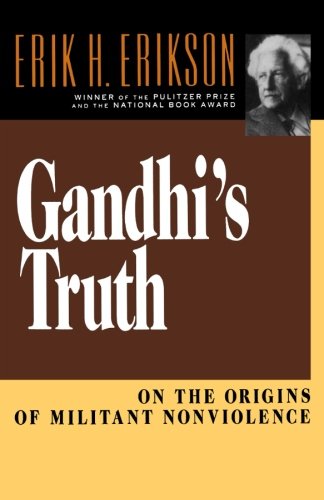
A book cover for Gandhi's Truth: On the Origins of Militant Nonviolence; Erik H. Erikson; Religion & Spirituality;